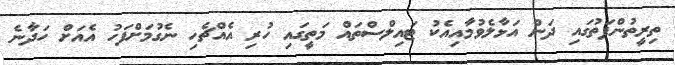
ތިރީތުންފަތުގައި ދަން އަޅާލެވުމާއިއެކު ޓައިލްސްތައް މަތީގައި ހުރި އެއްޗެހި ނެގުމަށްފަހު އެއަށް ހަދާނެ